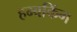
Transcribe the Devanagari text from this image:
हम्बकिंग